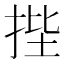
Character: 𭠷